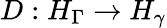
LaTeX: D:H_{\Gamma}\to H_{\gamma}